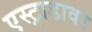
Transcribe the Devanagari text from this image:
एस्ट्राडावर